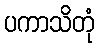
ပကာသိတုံ